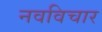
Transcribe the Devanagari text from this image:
नवविचार